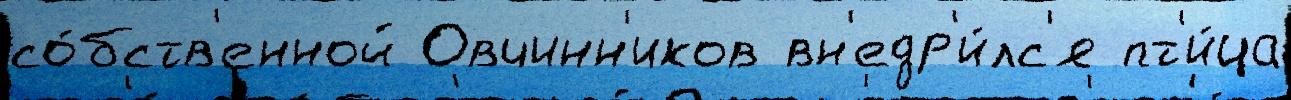
со́бств'енной Овчинн'иков вн'едр'и́лс'я пт'и́ца